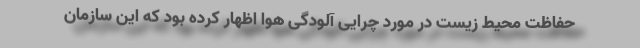
حفاظت محیط‌ زیست در مورد چرایی آلودگی هوا اظهار کرده بود که این سازمان